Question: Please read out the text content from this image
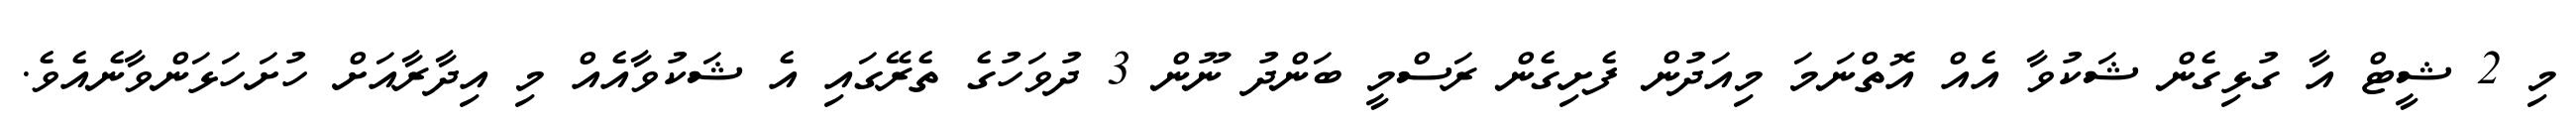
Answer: މި 2 ޝީޓް އާ ގުޅިގެން ޝަކުވާ އެއް އޮތްނަމަ މިއަދުން ފެށިގެން ރަސްމީ ބަންދު ނޫން 3 ދުވަހުގެ ތެރޭގައި އެ ޝަކުވާއެއް މި އިދާރާއަށް ހުށަހަޅަންވާނެއެވެ.